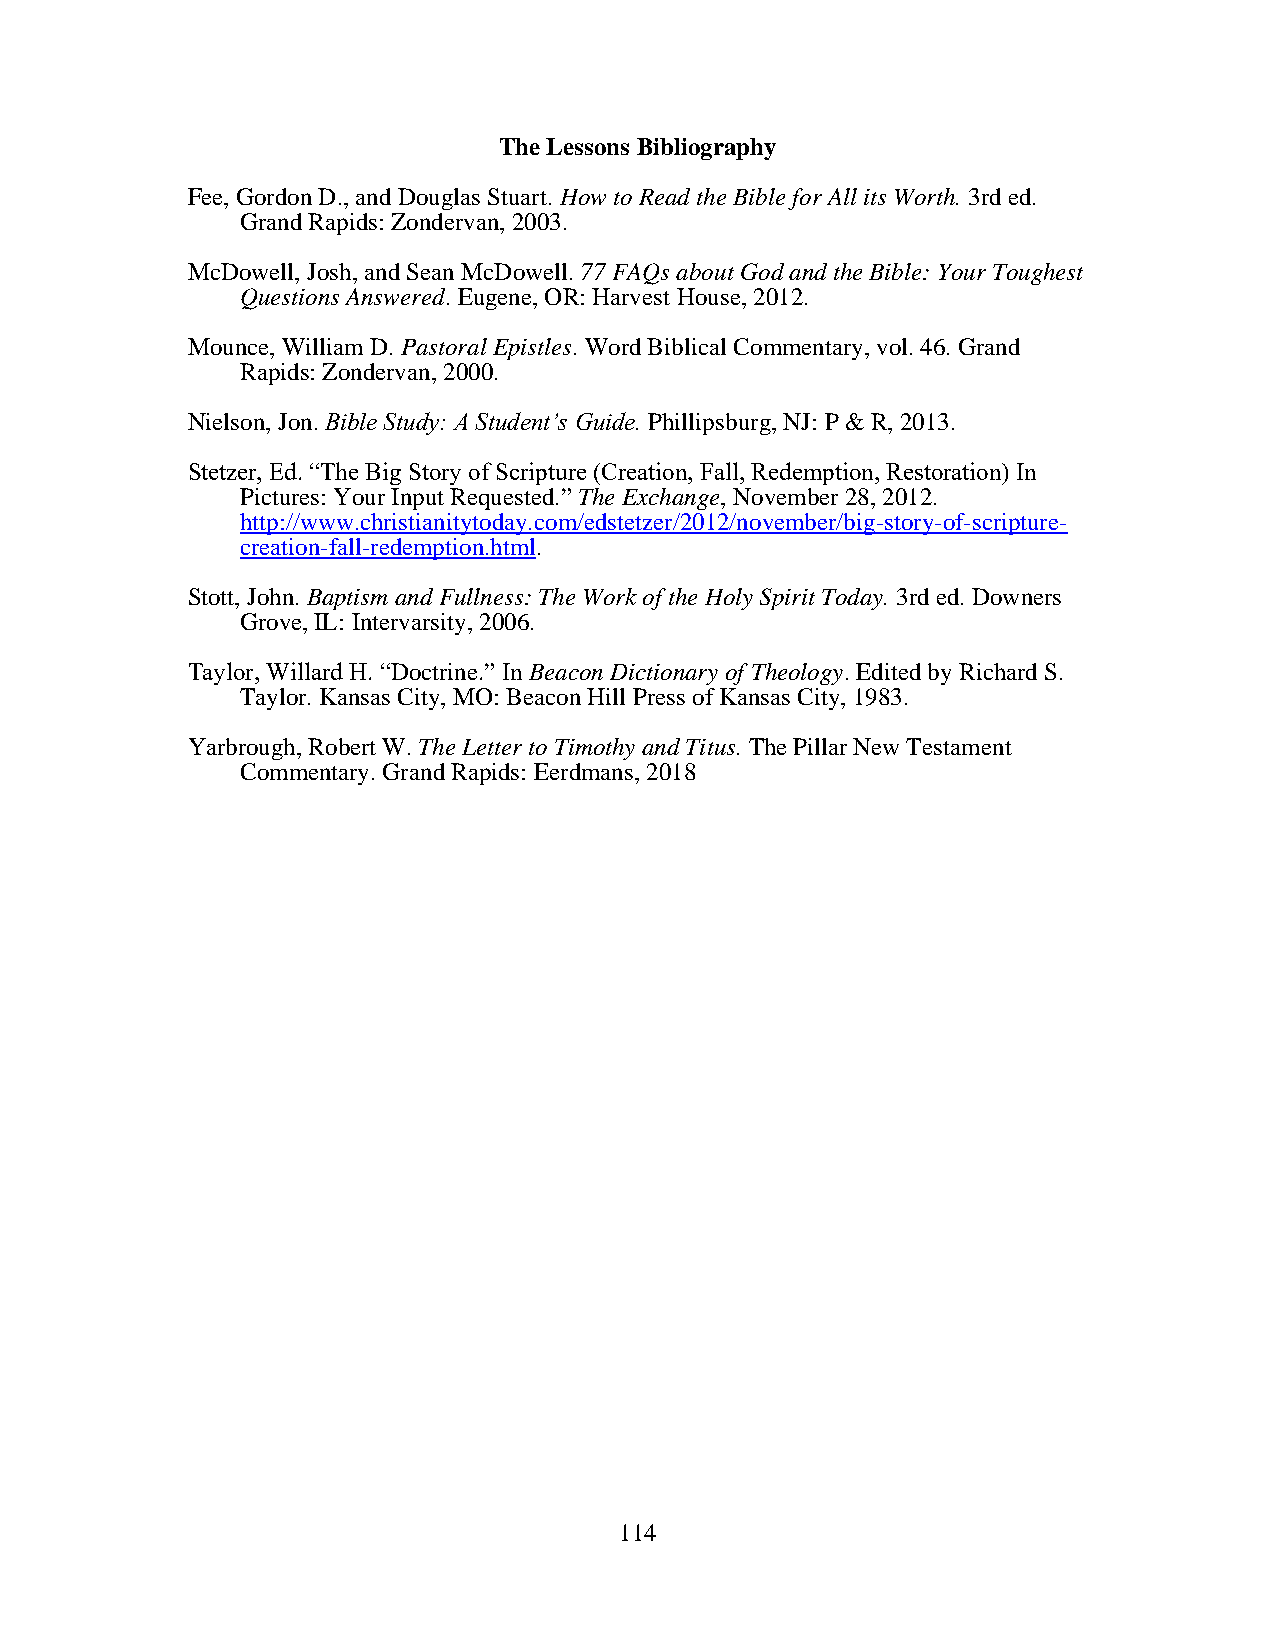
The Lessons Bibliography
 Fee, Gordon D., and Douglas Stuart. How to Read the Bible for All its Worth. 3rd ed.
 Grand Rapids: Zondervan, 2003.
 McDowell, Josh, and Sean McDowell. 77 FAQs about God and the Bible: Your Toughest
 Questions Answered. Eugene, OR: Harvest House, 2012.
 Mounce, William D. Pastoral Epistles. Word Biblical Commentary, vol. 46. Grand
 Rapids: Zondervan, 2000.
 Nielson, Jon. Bible Study: A Student’s Guide. Phillipsburg, NJ: P & R, 2013.
 Stetzer, Ed. “The Big Story of Scripture (Creation, Fall, Redemption, Restoration) In
 Pictures: Your Input Requested.” The Exchange, November 28, 2012.
 http://www.christianitytoday.com/edstetzer/2012/november/big-story-of-scripture-
 creation-fall-redemption.html.
 Stott, John. Baptism and Fullness: The Work of the Holy Spirit Today. 3rd ed. Downers
 Grove, IL: Intervarsity, 2006.
 Taylor, Willard H. “Doctrine.” In Beacon Dictionary of Theology. Edited by Richard S.
 Taylor. Kansas City, MO: Beacon Hill Press of Kansas City, 1983.
 Yarbrough, Robert W. The Letter to Timothy and Titus. The Pillar New Testament
 Commentary. Grand Rapids: Eerdmans, 2018
 114